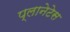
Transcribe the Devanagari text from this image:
प्लानेटेस